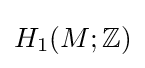
H_{1}(M;\mathbb {Z} )